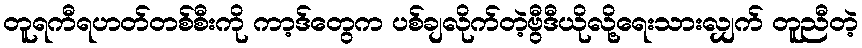
တူရကီရဟတ်တစ်စီးကို ကာ့ဒ်တွေက ပစ်ချလိုက်တဲ့ဗွီဒီယိုလို့ရေးသားလျှက် တူညီတဲ့